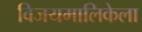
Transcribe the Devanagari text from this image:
विजयमालिकेला